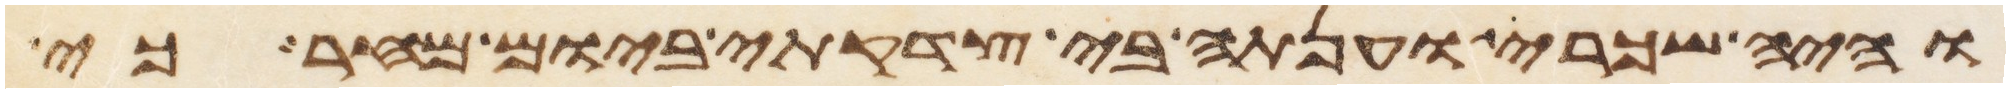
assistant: והיה שכרי וענתה בי צדקתי ביום מחר כי